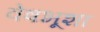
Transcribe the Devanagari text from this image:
वेषभूशा